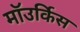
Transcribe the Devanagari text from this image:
माॅउर्किस